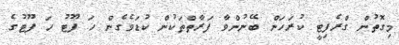
މިގޮތުން ގްރެފިޓީ ކުރަހަން ބޭނުންވާ ފަރާތްތަކުން ކުޑަވެގެން ހަ ފޫޓު ހަ ފޫޓުގެ